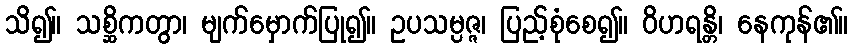
သိ၍။ သစ္ဆိကတွာ၊ မျက်မှောက်ပြု၍။ ဥပသမ္ပဇ္ဇ၊ ပြည့်စုံစေ၍။ ဝိဟရန္တိ၊ နေကုန်၏။